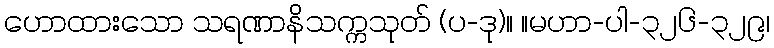
ဟောထားသော သရဏာနိသက္ကသုတ် (ပ-ဒု)။ ။မဟာ-ပါ-၃၂၆-၃၂၉၊